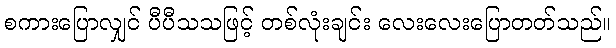
စကားပြောလျှင် ပီပီသသဖြင့် တစ်လုံးချင်း လေးလေးပြောတတ်သည်။